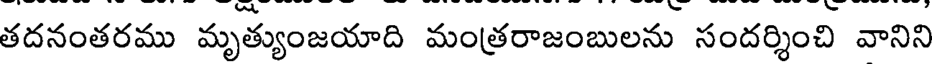
తదనంతరము మృత్యుంజయాది మంత్రరాజంబులను సందర్శించి వానిని